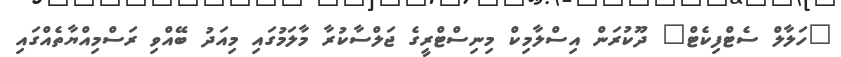
"ހަލާލް ސެޓްފިކެޓް" ދޫކުރަން އިސްލާމިކް މިނިސްޓްރީގެ ޖަލްސާކުރާ މާލަމުގައި މިއަދު ބޭއްވި ރަސްމިއްޔާތެއްގައި